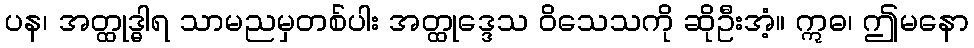
ပန၊ အတ္ထုဒ္ဓါရ သာမညမှတစ်ပါး အတ္ထုဒ္ဒေသ ဝိသေသကို ဆိုဦးအံ့။ ဣဓ၊ ဤမနော